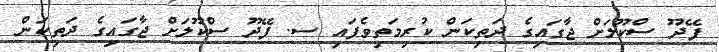
ފޭދޫ ސްކޫލަށް ޖާގައިގެ ދަތިކަން ކުރިމަތިވެފައި ސ. ފޭދޫ ސްކޫލަށް ޖާގައިގެ ދަތިކަން